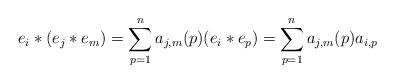
LaTeX: \begin{align*}e_{i} \ast (e_{j} \ast e_{m}) = \sum_{p=1}^{n} a_{j,m}(p)(e_{i} \ast e_{p}) = \sum_{p=1}^{n}a_{j,m}(p)a_{i,p}\end{align*}